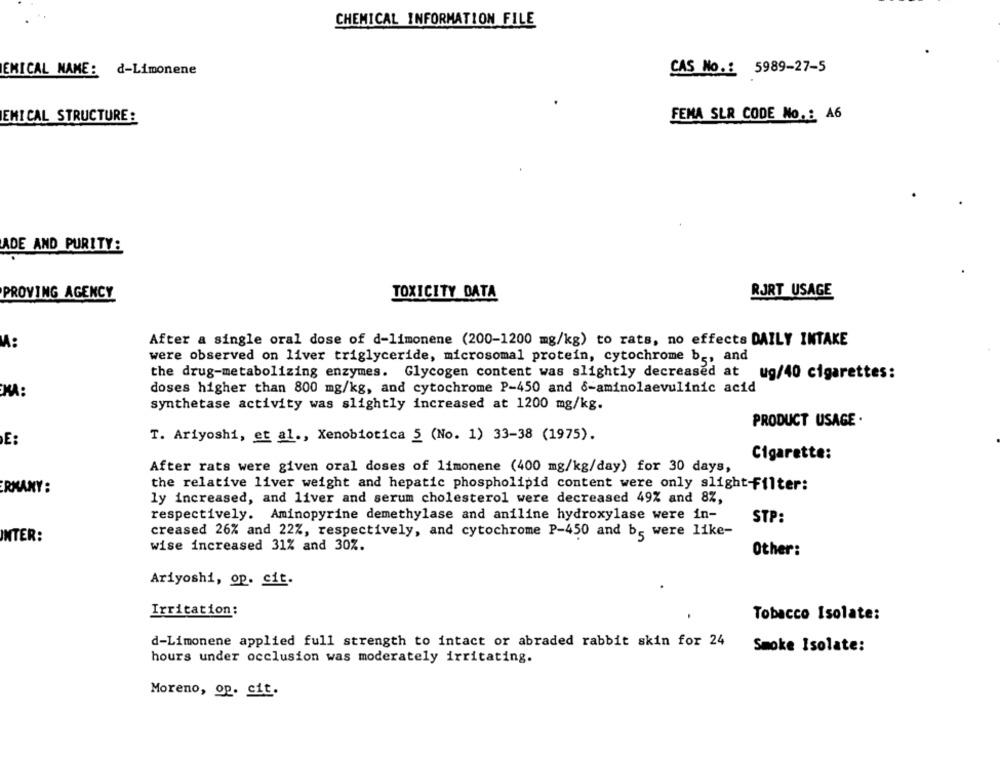
CHEMICAL INFORMATION FILE
EMICAL NAME: d-Limonene
CAS No .: 5989-27-5
EMI CAL STRUCTURE:
FEMA SLR CODE No. : A6
ADE AND PURITY:
TOXICITY DATA
RJRT USAGE
PROVING AGENCY
After a single oral dose of d-limonene (200-1200 mg/kg) to rats, no effects DAILY INTAKE
were observed on liver triglyceride, microsomal protein, cytochrome b ., and
the drug-metabolizing enzymes. Glycogen content was slightly decreased at
ug/40 cigarettes:
KA:
doses higher than 800 mg/kg, and cytochrome P-450 and 6-aminolaevulinic acid
synthetase activity was slightly increased at 1200 mg/kg.
PRODUCT USAGE ·
T. Ariyoshi, et al ., Xenobiotica 5 (No. 1) 33-38 (1975).
Cigarette:
After rats were given oral doses of limonene (400 mg/kg/day) for 30 days,
the relative liver weight and hepatic phospholipid content were only slight-filter:
ERMANY:
ly increased, and liver and serum cholesterol were decreased 49% and 8%,
respectively. Aminopyrine demethylase and aniline hydroxylase were in-
STP:
INTER:
creased 26% and 22%, respectively, and cytochrome P-450 and bs were like-
wise increased 31% and 30%.
Other:
Ariyoshi, op. cit.
Irritation:
Tobacco Isolate:
d-Limonene applied full strength to intact or abraded rabbit skin for 24
Smoke Isolate:
hours under occlusion was moderately irritating.
Moreno, op. cit.